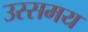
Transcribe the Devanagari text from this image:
उस्समय